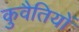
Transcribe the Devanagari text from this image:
कुवैतियों